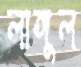
লাঙ্গুল